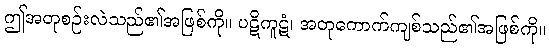
ဤအတုစဉ်းလဲသည်၏အဖြစ်ကို။ ပဋိကူဋံ၊ အတုကောက်ကျစ်သည်၏အဖြစ်ကို။